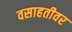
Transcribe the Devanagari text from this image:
वसाहतीवर